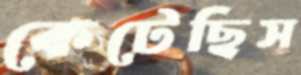
কেটেছিস